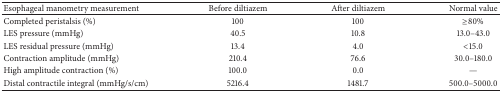
| Esophageal manometry measurement | Before diltiazem | After diltiazem | Normal value |
 | --- | --- | --- | --- |
 | Completed peristalsis (%) | 100 | 100 | ≥80% |
 | LES pressure (mmHg) | 40.5 | 10.8 | 13.0–43.0 |
 | LES residual pressure (mmHg) | 13.4 | 4.0 | <15.0 |
 | Contraction amplitude (mmHg) | 210.4 | 76.6 | 30.0–180.0 |
 | High amplitude contraction (%) | 100.0 | 0.0 | — |
 | Distal contractile integral (mmHg/s/cm) | 5216.4 | 1481.7 | 500.0–5000.0 |